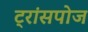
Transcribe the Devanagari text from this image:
ट्रांसपोज